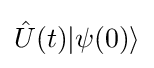
{\hat {U}}(t)|\psi (0)\rangle